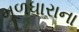
મૂળધારાના